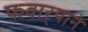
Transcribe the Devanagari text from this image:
फवार्‍याने